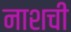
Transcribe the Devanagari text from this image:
नाशची